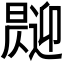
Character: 𱢧